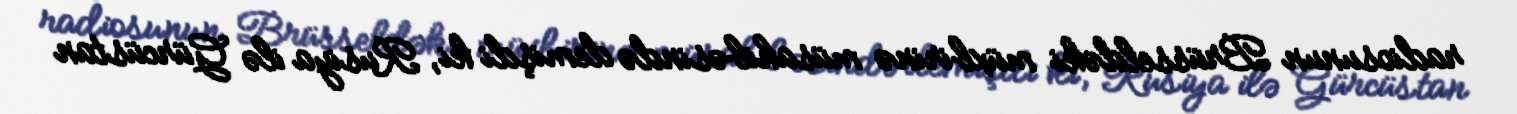
radiosunun Brüsseldəki müxbirinə müsahibəsində demişdi ki, Rusiya ilə Gürcüstan